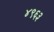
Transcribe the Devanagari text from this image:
४९६३